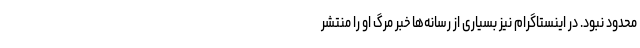
محدود نبود. در اینستاگرام نیز بسیاری از رسانه‌ها خبر مرگ او را منتشر